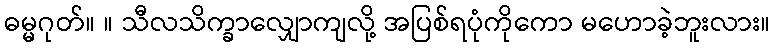
ဓမ္မဂုတ်။ ။ သီလသိက္ခာလျှောကျလို့ အပြစ်ရပုံကိုကော မဟောခဲ့ဘူးလား။